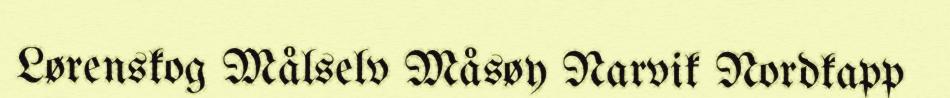
Lørenskog Målselv Måsøy Narvik Nordkapp